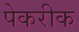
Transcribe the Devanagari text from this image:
पेकरीक